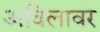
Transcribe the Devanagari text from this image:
अविलावर